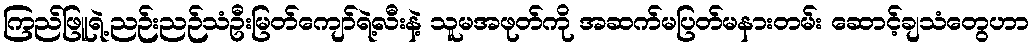
ကြည်ဖြူရဲ့ညဉ်းညဉ်သံဦးမြတ်ကျော်ရဲ့လီးနဲ့ သူမအဖုတ်ကို အဆက်မပြတ်မနားတမ်း ဆောင့်ချသံတွေဟာ